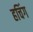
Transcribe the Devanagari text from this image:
हचिंग